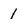
Character: 1